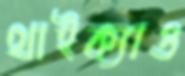
থাইক্যাও